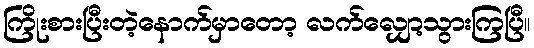
ကြိုးစားပြီးတဲ့နောက်မှာတော့ လက်လျှော့သွားကြပြီ။